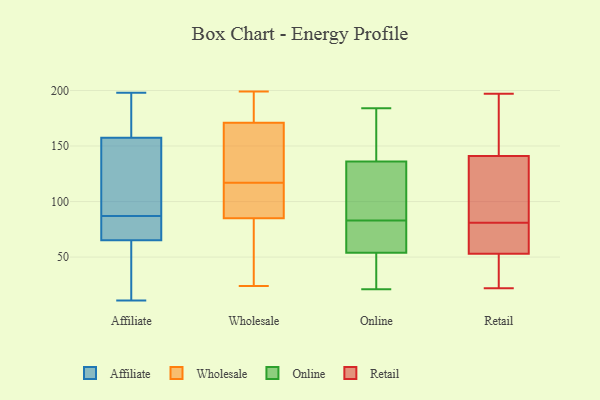
{"axis": {"x": "Headcount", "y": "Value"}, "legend": ["Affiliate", "Online", "Retail", "Wholesale"], "data": [{"x": "", "y": 82, "type": "Affiliate"}, {"x": "", "y": 158, "type": "Affiliate"}, {"x": "", "y": 167, "type": "Affiliate"}, {"x": "", "y": 33, "type": "Affiliate"}, {"x": "", "y": 11, "type": "Affiliate"}, {"x": "", "y": 37, "type": "Affiliate"}, {"x": "", "y": 72, "type": "Affiliate"}, {"x": "", "y": 151, "type": "Affiliate"}, {"x": "", "y": 198, "type": "Affiliate"}, {"x": "", "y": 154, "type": "Affiliate"}, {"x": "", "y": 26, "type": "Affiliate"}, {"x": "", "y": 198, "type": "Affiliate"}, {"x": "", "y": 190, "type": "Affiliate"}, {"x": "", "y": 63, "type": "Affiliate"}, {"x": "", "y": 156, "type": "Affiliate"}, {"x": "", "y": 140, "type": "Affiliate"}, {"x": "", "y": 87, "type": "Affiliate"}, {"x": "", "y": 86, "type": "Affiliate"}, {"x": "", "y": 78, "type": "Affiliate"}, {"x": "", "y": 79, "type": "Wholesale"}, {"x": "", "y": 91, "type": "Wholesale"}, {"x": "", "y": 115, "type": "Wholesale"}, {"x": "", "y": 124, "type": "Wholesale"}, {"x": "", "y": 197, "type": "Wholesale"}, {"x": "", "y": 95, "type": "Wholesale"}, {"x": "", "y": 156, "type": "Wholesale"}, {"x": "", "y": 119, "type": "Wholesale"}, {"x": "", "y": 24, "type": "Wholesale"}, {"x": "", "y": 63, "type": "Wholesale"}, {"x": "", "y": 199, "type": "Wholesale"}, {"x": "", "y": 186, "type": "Wholesale"}, {"x": "", "y": 61, "type": "Online"}, {"x": "", "y": 136, "type": "Online"}, {"x": "", "y": 97, "type": "Online"}, {"x": "", "y": 184, "type": "Online"}, {"x": "", "y": 88, "type": "Online"}, {"x": "", "y": 34, "type": "Online"}, {"x": "", "y": 134, "type": "Online"}, {"x": "", "y": 39, "type": "Online"}, {"x": "", "y": 66, "type": "Online"}, {"x": "", "y": 78, "type": "Online"}, {"x": "", "y": 159, "type": "Online"}, {"x": "", "y": 54, "type": "Online"}, {"x": "", "y": 138, "type": "Online"}, {"x": "", "y": 21, "type": "Online"}, {"x": "", "y": 70, "type": "Retail"}, {"x": "", "y": 197, "type": "Retail"}, {"x": "", "y": 99, "type": "Retail"}, {"x": "", "y": 59, "type": "Retail"}, {"x": "", "y": 29, "type": "Retail"}, {"x": "", "y": 182, "type": "Retail"}, {"x": "", "y": 123, "type": "Retail"}, {"x": "", "y": 22, "type": "Retail"}, {"x": "", "y": 70, "type": "Retail"}, {"x": "", "y": 51, "type": "Retail"}, {"x": "", "y": 92, "type": "Retail"}, {"x": "", "y": 172, "type": "Retail"}, {"x": "", "y": 141, "type": "Retail"}, {"x": "", "y": 22, "type": "Retail"}, {"x": "", "y": 153, "type": "Retail"}, {"x": "", "y": 111, "type": "Retail"}, {"x": "", "y": 65, "type": "Retail"}, {"x": "", "y": 53, "type": "Retail"}]}